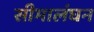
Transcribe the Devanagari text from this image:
सीमालंघन